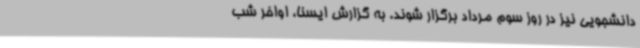
دانشجویی نیز در روز سوم مرداد برگزار شوند. به گزارش ایسنا، اواخر شب